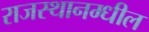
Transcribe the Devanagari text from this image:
राजस्थानम्धील